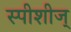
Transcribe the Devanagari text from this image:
स्पीशीज्